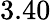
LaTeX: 3.40